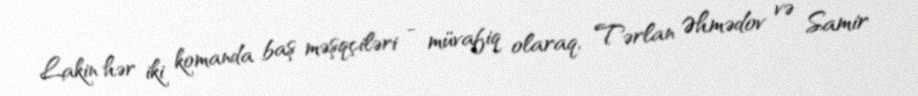
Lakin hər iki komanda baş məşqçiləri - müvafiq olaraq, Tərlan Əhmədov və Samir